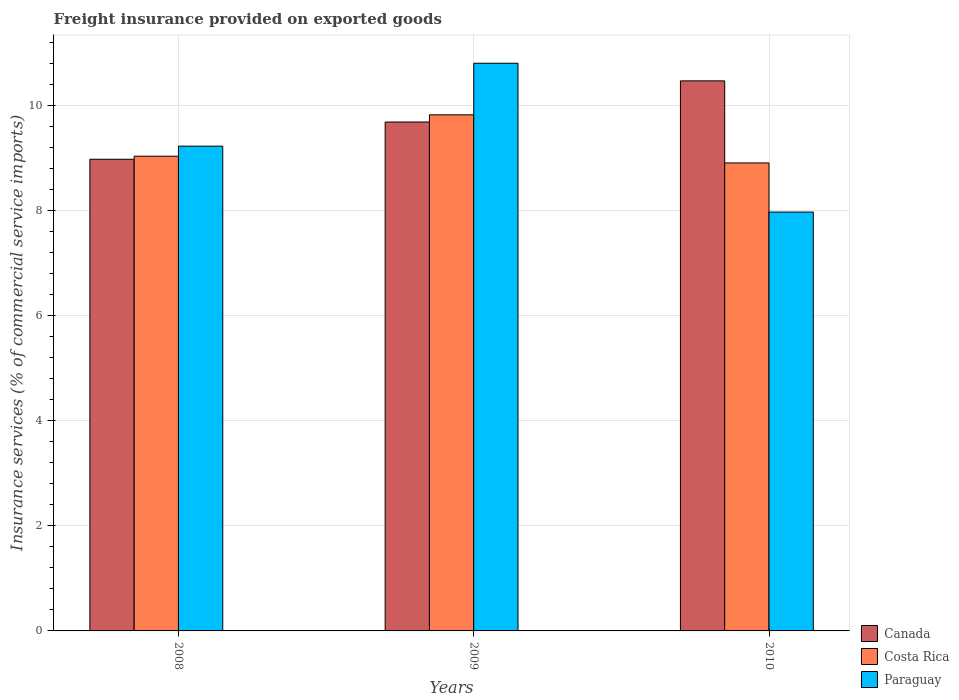
| Years | Canada | Costa Rica | Paraguay |
 | --- | --- | --- | --- |
 | 2008 | 8.98 | 9.04 | 9.23 |
 | 2009 | 9.69 | 9.82 | 10.8 |
 | 2010 | 10.5 | 8.91 | 7.97 |